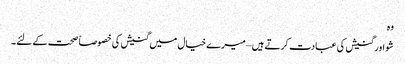
وہ
شو اور گنیش کی عبادت کرتے ہیں – میرے خیال میں گنیش کی خصوصاً صحت کے لئے۔